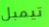
تيمبل